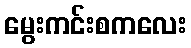
မွေးကင်းစကလေး